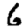
Digit: 6